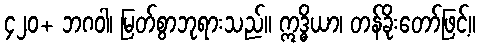
၄၂၀+ ဘဂဝါ၊ မြတ်စွာဘုရားသည်။ ဣဒ္ဓိယာ၊ တန်ခိုးတော်ဖြင့်။